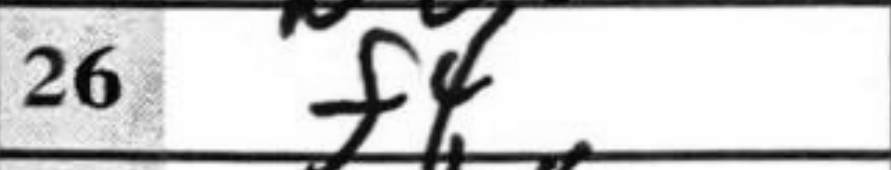
Transcription: f4